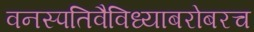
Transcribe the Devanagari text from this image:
वनस्पतिवैविध्याबरोबरच